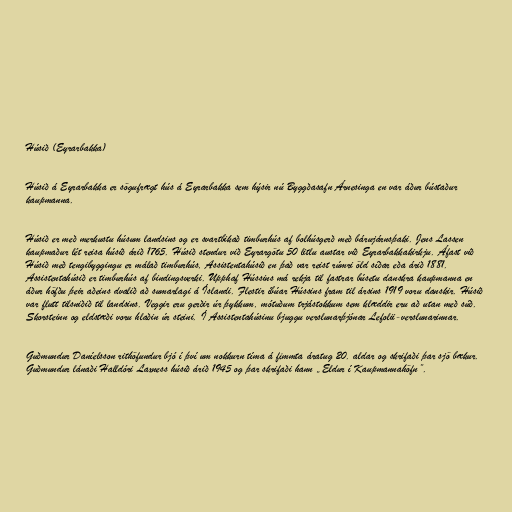
Húsið (Eyrarbakka)

Húsið á Eyrarbakka er sögufrægt hús á Eyrarbakka sem hýsir nú Byggðasafn Árnesinga en var áður bústaður
kaupmanna.

Húsið er með merkustu húsum landsins og er svartbikað timburhús af bolhúsgerð með bárujárnsþaki. Jens Lassen
kaupmaður lét reisa húsið árið 1765. Húsið stendur við Eyrargötu 50 litlu austar við Eyrarbakkakirkju. Áfast við
Húsið með tengibyggingu er málað timburhús, Assistentahúsið en það var reist rúmri öld síðar eða árið 1881.
Assistentahúsið er timburhús af bindingsverki. Upphaf Hússins má rekja til fastrar búsetu danskra kaupmanna en
áður höfðu þeir aðeins dvalið að sumarlagi á Íslandi. Flestir íbúar Hússins fram til ársins 1919 voru danskir. Húsið
var flutt tilsniðið til landsins. Veggir eru gerðir úr þykkum, mótuðum trjástokkum sem klæddir eru að utan með súð.
Skorsteinn og eldstæði voru hlaðin úr steini. Í Assistentahúsinu bjuggu verslunarþjónar Lefolii-verslunarinnar.

Guðmundur Daníelsson rithöfundur bjó í því um nokkurn tíma á fimmta áratug 20. aldar og skrifaði þar sjö bækur.
Guðmundur lánaði Halldóri Laxness húsið árið 1945 og þar skrifaði hann „Eldur í Kaupmannahöfn”.